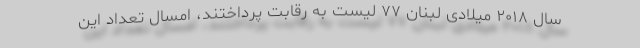
سال ۲۰۱۸ میلادی لبنان ۷۷ لیست به رقابت پرداختند، امسال تعداد این